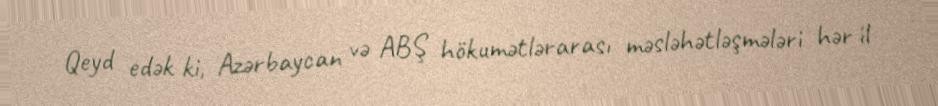
Qeyd edək ki, Azərbaycan və ABŞ hökumətlərarası məsləhətləşmələri hər il